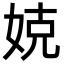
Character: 娔